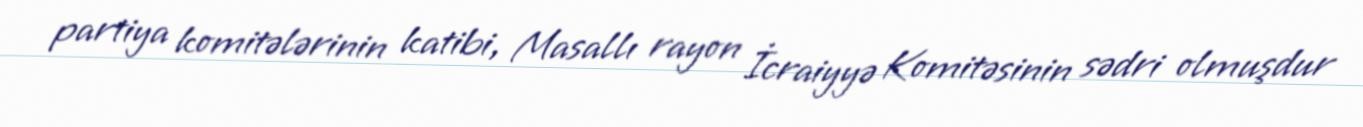
partiya komitələrinin katibi, Masallı rayon İcraiyyə Komitəsinin sədri olmuşdur